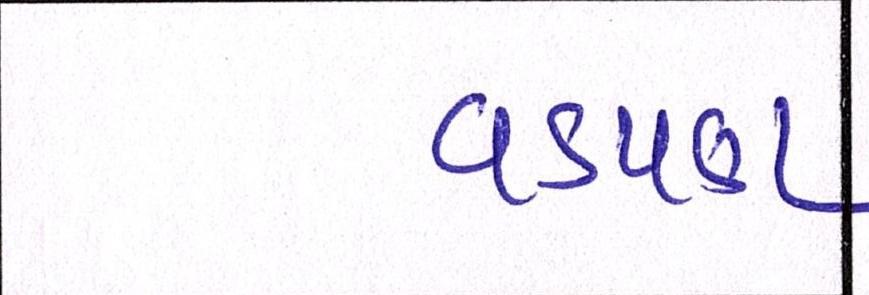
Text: વડપણ